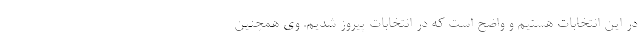
در این انتخابات هستیم و واضح است که در انتخابات پیروز شدیم. وی همچنین